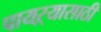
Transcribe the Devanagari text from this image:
पायऱ्यासाठी